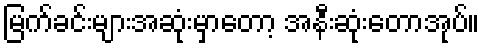
မြက်ခင်းများအဆုံးမှာတော့ အနီးဆုံးတောအုပ်။